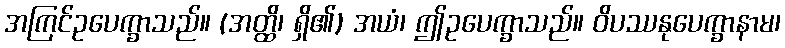
အကြင်ဥပေက္ခာသည်။ (အတ္ထိ၊ ရှိ၏) အယံ၊ ဤဥပေက္ခာသည်။ ဝိပဿနုပေက္ခာနာမ၊